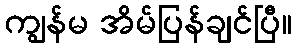
ကျွန်မ အိမ်ပြန်ချင်ပြီ။